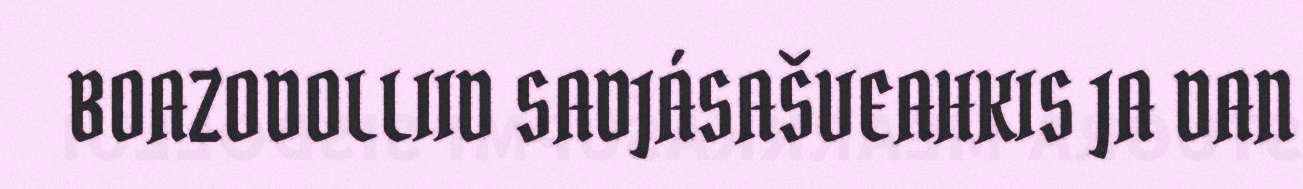
BOAZODOLLIID SADJÁSAŠVEAHKIS JA DAN